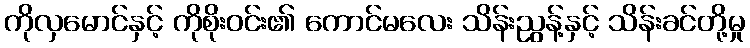
ကိုလှမောင်နှင့် ကိုစိုးဝင်း၏ ကောင်မလေး သိန်းညွန့်နှင့် သိန်းခင်တို့မှု